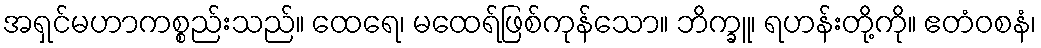
အရှင်မဟာကစ္စည်းသည်။ ထေရေ၊ မထေရ်ဖြစ်ကုန်သော။ ဘိက္ခူ၊ ရဟန်းတို့ကို။ ဧတံဝစနံ၊